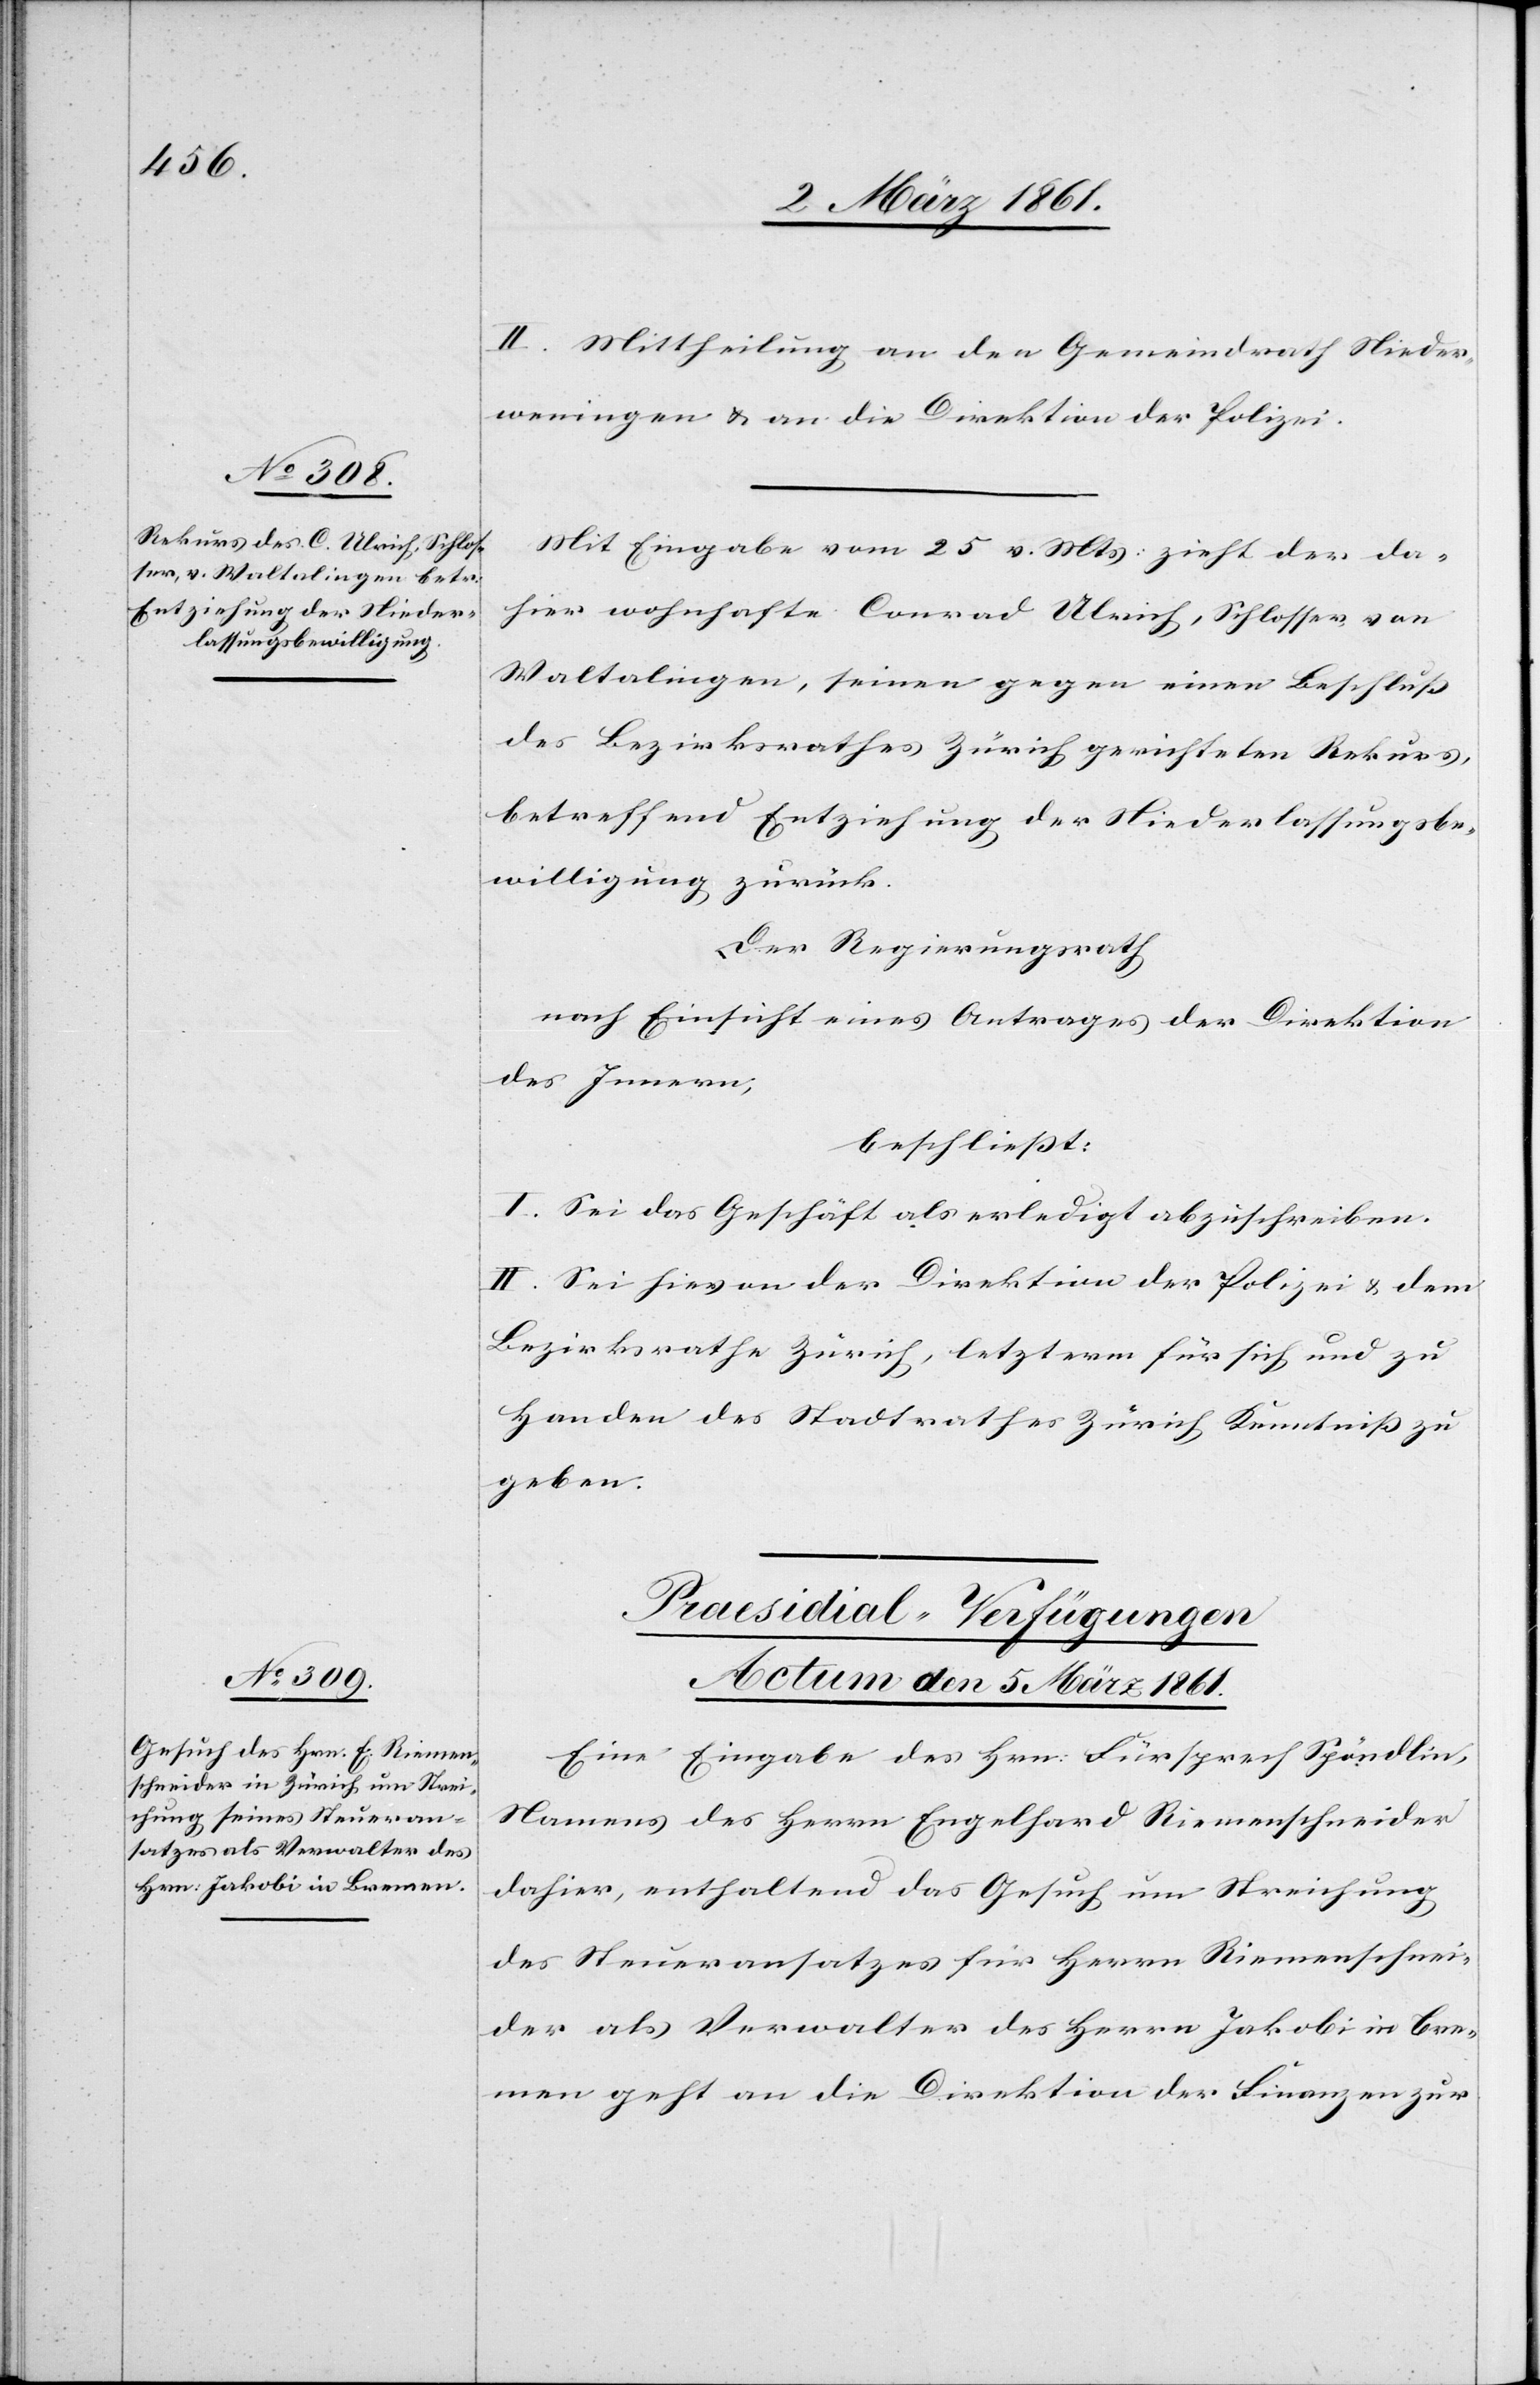
II. Mittheilung an den Gemeindrath Nieder¬
weningen u. an die Direktion der Polizei.
Mit Eingabe vom 25 v. Mts. zieht der da¬
hier wohnhafte Conrad Ulrich, Schlosser von
Waltalingen, seinen gegen einen Beschluss
des Bezirksrathes Zürich gerichteten Rekurs,
betreffend Entziehung der Niederlassungsbe¬
willigung zurück.
Der Regierungsrath
nach Einsicht eines Antrages der Direktion
des Innern,
beschliesst:
I. Sei das Gesuch als erledigt abzuschreiben.
II. Sei hievon der Direktion der Polizei u. dem
Bezirksrathe Zürich, letzterm für sich und zu
Handen des Stadtrathes Zürich Kenntniss zu
geben.
Praesidial-Verfügungen.
Actum den 5. März 1861.
Eine Eingabe des Hrn. Fürsprech Spöndlin,
Namens des Herrn Engelhard Riemenschneider
dahier, enthaltend das Gesuch um Streichung
des Steueransatzes für Herrn Riemenschnei¬
der als Verwalter des Herrn Jakobi in Bre¬
men geht an die Direktion der Finanzen zur